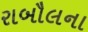
રાબૌલના